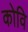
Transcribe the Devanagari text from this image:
कोवि